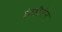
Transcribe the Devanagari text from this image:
मंचौसेन